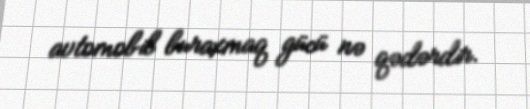
avtomobil buraxmaq gücü nə qədərdir.